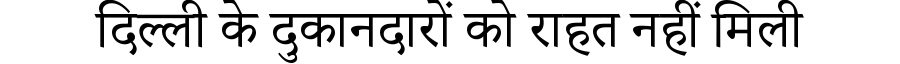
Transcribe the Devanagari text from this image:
दिल्ली के दुकानदारों को राहत नहीं मिली